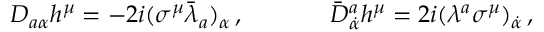
\begin{array} { c c } { { D _ { a \alpha } h ^ { \mu } = - 2 i ( \sigma ^ { \mu } \bar { \lambda } _ { a } ) _ { \alpha } \, , ~ ~ ~ ~ } } & { { ~ ~ ~ ~ \bar { D } { } _ { \dot { \alpha } } ^ { a } h ^ { \mu } = 2 i ( \lambda ^ { a } \sigma ^ { \mu } ) _ { \dot { \alpha } } \, , } } \end{array}